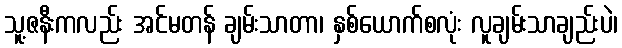
သူ့ဇနီးကလည်း အင်မတန် ချမ်းသာတာ၊ နှစ်ယောက်စလုံး လူချမ်းသာချည်းပဲ၊